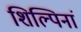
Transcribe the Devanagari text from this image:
शिल्पिनां